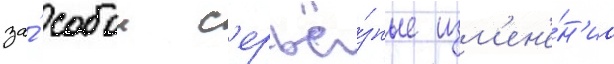
за́ собои с'ерьё́зные изм'ен'е́н'иа